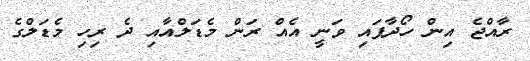
ރާއްޖެ އިން ހޯދާފައި ވަނީ އެއް ރަން މެޑަލްއާއި ދެ ރިހި މެޑަލްގެ